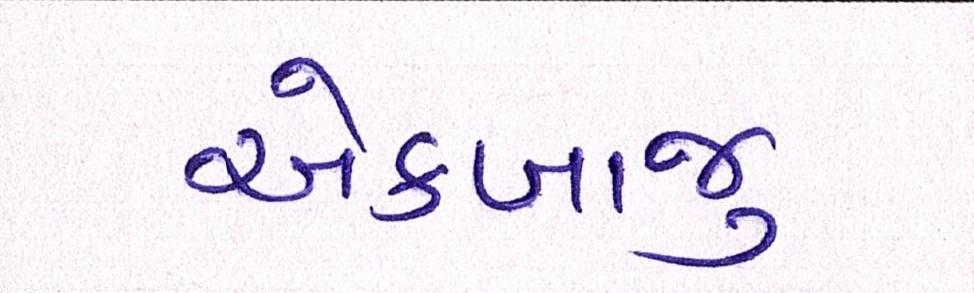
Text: એકબાજુ